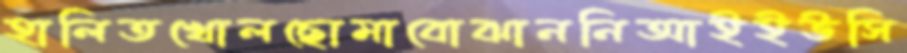
হালিতখোলছোমাবোঝাননিআইইউসি